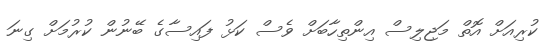
ކުރިއަށް އޮތް މަޖިލިސް އިންތިހާބަށް ވެސް ކަޅު ފައިސާގެ ބޭނުން ކުރުމަށް ގިނަ